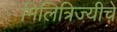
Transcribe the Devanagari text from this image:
मिलित्रिज्यीचे